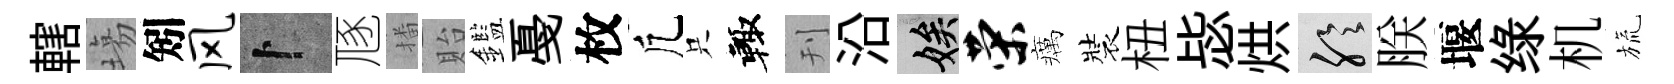
轄塲矧风卜豗播貽鑑戞枚凢只輙刊沿娭荣癘裝杻毖烘聆朕堰绿机旒